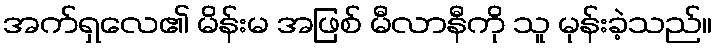
အက်ရှလေ၏ မိန်းမ အဖြစ် မီလာနီကို သူ မုန်းခဲ့သည်။